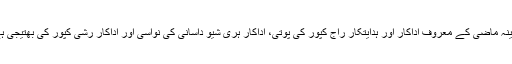
کرینہ ماضی کے معروف اداکار اور ہدایتکار راج کپور کی پوتی، اداکار ہری شیو داسانی کی نواسی اور اداکار رشی کپور کی بھتیجی ہے۔